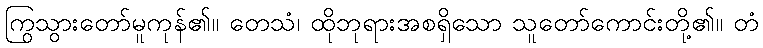
ကြွသွားတော်မူကုန်၏။ တေသံ၊ ထိုဘုရားအစရှိသော သူတော်ကောင်းတို့၏။ တံ